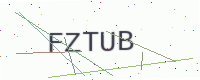
Text: FZTUB